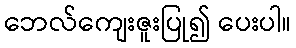
ဘေလ်ကျေးဇူးပြု၍ ပေးပါ။